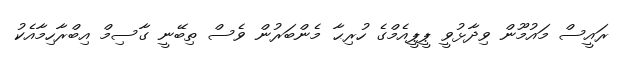
ރައީސް މައުމޫން ވިދާޅުވީ ޕީޕީއެމްގެ ހުރިޙާ މެންބަރުން ވެސް ތިބޭނީ ގާސިމް އިބްރާހިމާއެކު